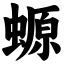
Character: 螈